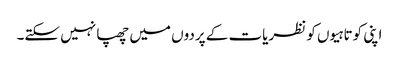
اپنی کوتاہیوں کو نظریات کے پردوں میں چھپا نہیں سکتے۔